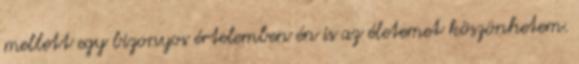
mellett egy bizonyos értelemben én is az életemet köszönhetem.